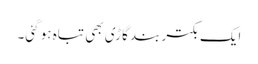
ایک بکتر بند گاڑی بھی تباہ ہو گئی۔